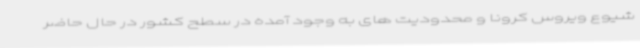
شیوع ویروس کرونا و محدودیت های به وجود آمده در سطح کشور در حال حاضر